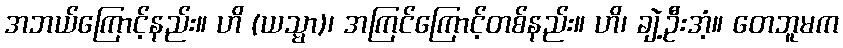
အဘယ်ကြောင့်နည်း။ ဟိ (ယသ္မာ)၊ အကြင်ကြောင့်တစ်နည်း။ ဟိ၊ ချဲ့ဦးအံ့။ တေဘူမက